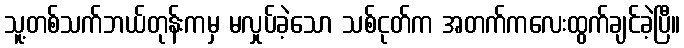
သူ့တစ်သက်ဘယ်တုန်းကမှ မလှုပ်ခဲ့သော သစ်ငုတ်က အတက်ကလေးထွက်ချင်ခဲ့ပြီ။